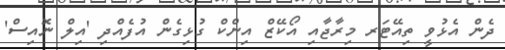
ދެން އެޅުވީ ތިއޭޓަރ މިރާޖާއި އޯކޭޒް އިންކް ގުޅިގެން އުފެއްދި 'އިލް ނޮއިސް'